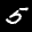
Label: 5